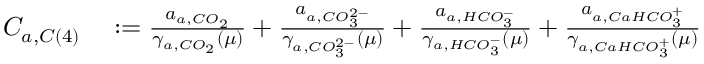
\begin{array} { r l } { C _ { a , C \left( 4 \right) } } & { { } : = \frac { a _ { a , C O _ { 2 } } } { \gamma _ { a , C O _ { 2 } } \left( \mu \right) } + \frac { a _ { a , C O _ { 3 } ^ { 2 - } } } { \gamma _ { a , C O _ { 3 } ^ { 2 - } } \left( \mu \right) } + \frac { a _ { a , H C O _ { 3 } ^ { - } } } { \gamma _ { a , H C O _ { 3 } ^ { - } } \left( \mu \right) } + \frac { a _ { a , C a H C O _ { 3 } ^ { + } } } { \gamma _ { a , C a H C O _ { 3 } ^ { + } } \left( \mu \right) } } \end{array}